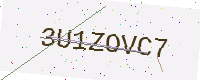
Text: 3U1ZOVC7